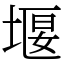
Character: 堰